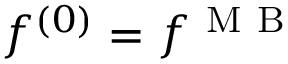
f ^ { ( 0 ) } = f ^ { \mathrm { ~ M ~ B ~ } }